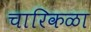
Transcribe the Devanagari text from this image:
चारिकळा